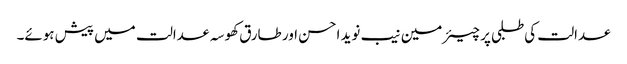
عدالت کی طلبی پر چیئرمین نیب نوید احسن اور طارق کھوسہ عدالت میں پیش ہوئے۔